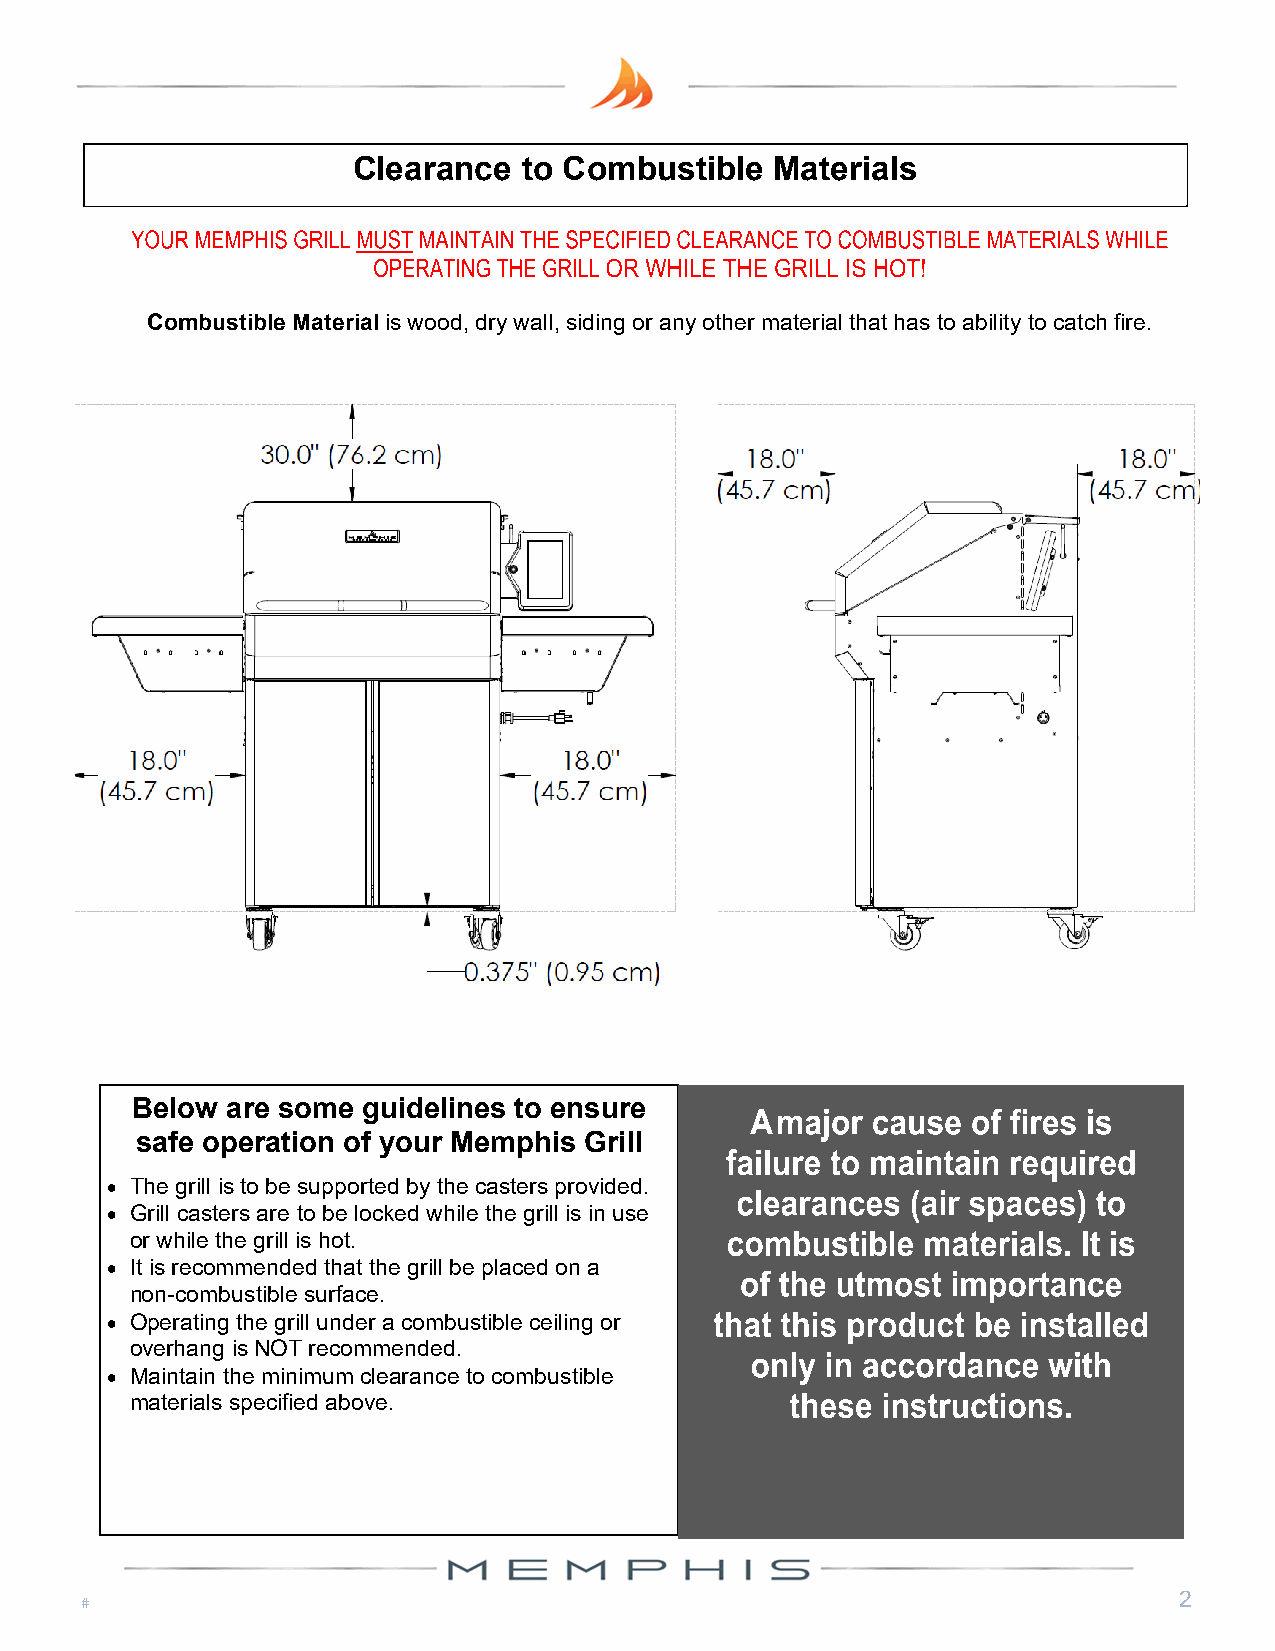
Clearance   to Combustible  Materials
 Combustible Material is wood, dry wall, siding or any other material that has to ability to catch fire.
 Below are some guidelines to ensure
 safe operation of your Memphis Grill
  The grill is to be supported by the casters provided.
  Grill casters are to be locked while the grill is in use
 or while the grill is hot.
  It is recommended that the grill be placed on a
 non-combustible surface.
  Operating the grill under a combustible ceiling or
 overhang is NOT recommended.
  Maintain the minimum clearance to combustible
 materials specified above.
 2